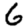
Digit: 6